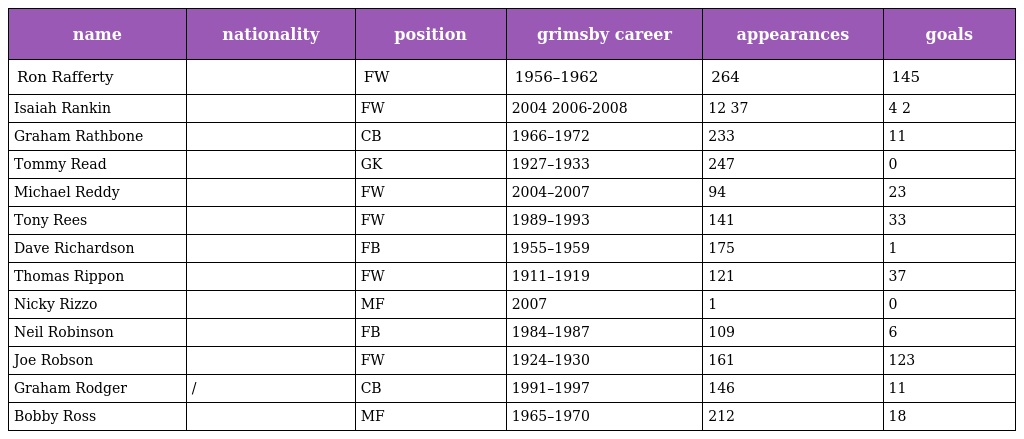
| name | nationality | position | grimsby career | appearances | goals |
 | --- | --- | --- | --- | --- | --- |
 | Ron Rafferty |  | FW | 1956–1962 | 264 | 145 |
 | Isaiah Rankin |  | FW | 2004 2006-2008 | 12 37 | 4 2 |
 | Graham Rathbone |  | CB | 1966–1972 | 233 | 11 |
 | Tommy Read |  | GK | 1927–1933 | 247 | 0 |
 | Michael Reddy |  | FW | 2004–2007 | 94 | 23 |
 | Tony Rees |  | FW | 1989–1993 | 141 | 33 |
 | Dave Richardson |  | FB | 1955–1959 | 175 | 1 |
 | Thomas Rippon |  | FW | 1911–1919 | 121 | 37 |
 | Nicky Rizzo |  | MF | 2007 | 1 | 0 |
 | Neil Robinson |  | FB | 1984–1987 | 109 | 6 |
 | Joe Robson |  | FW | 1924–1930 | 161 | 123 |
 | Graham Rodger | / | CB | 1991–1997 | 146 | 11 |
 | Bobby Ross |  | MF | 1965–1970 | 212 | 18 |